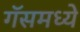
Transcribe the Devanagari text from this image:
गॅसमध्ये